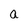
Character: a